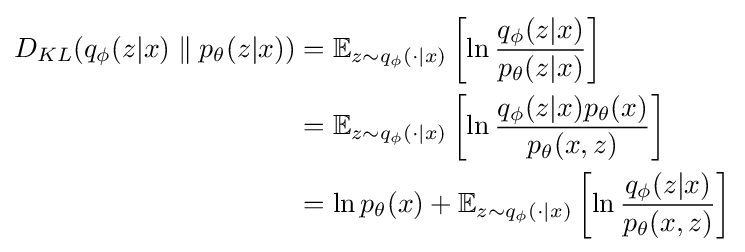
{\begin{aligned}D_{KL}(q_{\phi }({z|x})\parallel p_{\theta }({z|x}))&=\mathbb {E} _{z\sim q_{\phi }(\cdot |x)}\left[\ln {\frac {q_{\phi }(z|x)}{p_{\theta }(z|x)}}\right]\\&=\mathbb {E} _{z\sim q_{\phi }(\cdot |x)}\left[\ln {\frac {q_{\phi }({z|x})p_{\theta }(x)}{p_{\theta }(x,z)}}\right]\\&=\ln p_{\theta }(x)+\mathbb {E} _{z\sim q_{\phi }(\cdot |x)}\left[\ln {\frac {q_{\phi }({z|x})}{p_{\theta }(x,z)}}\right]\end{aligned}}